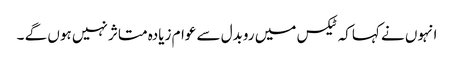
انہوں نے کہاکہ ٹیکس میں روبدل سے عوام زیادہ متاثر نہیں ہوں گے ۔